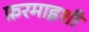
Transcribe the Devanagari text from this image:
फ़रमाइशी